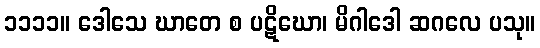
၁၁၁၁။ ဒေါသေ ဃာတေ စ ပဋိဃော၊ မိဂါဒေါ ဆဂလေ ပသု။